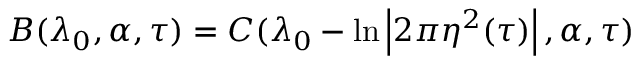
B ( \lambda _ { 0 } , \alpha , \tau ) = C ( \lambda _ { 0 } - \ln \left| 2 \pi \eta ^ { 2 } ( \tau ) \right| , \alpha , \tau )